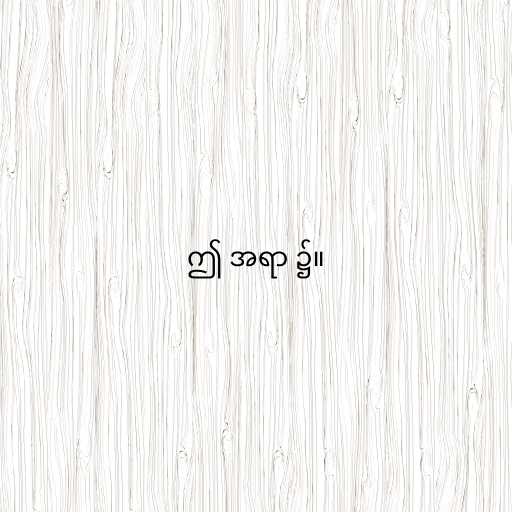
ဤ အရာ ၌။